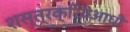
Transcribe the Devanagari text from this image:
शस्त्रक्रियेआधी